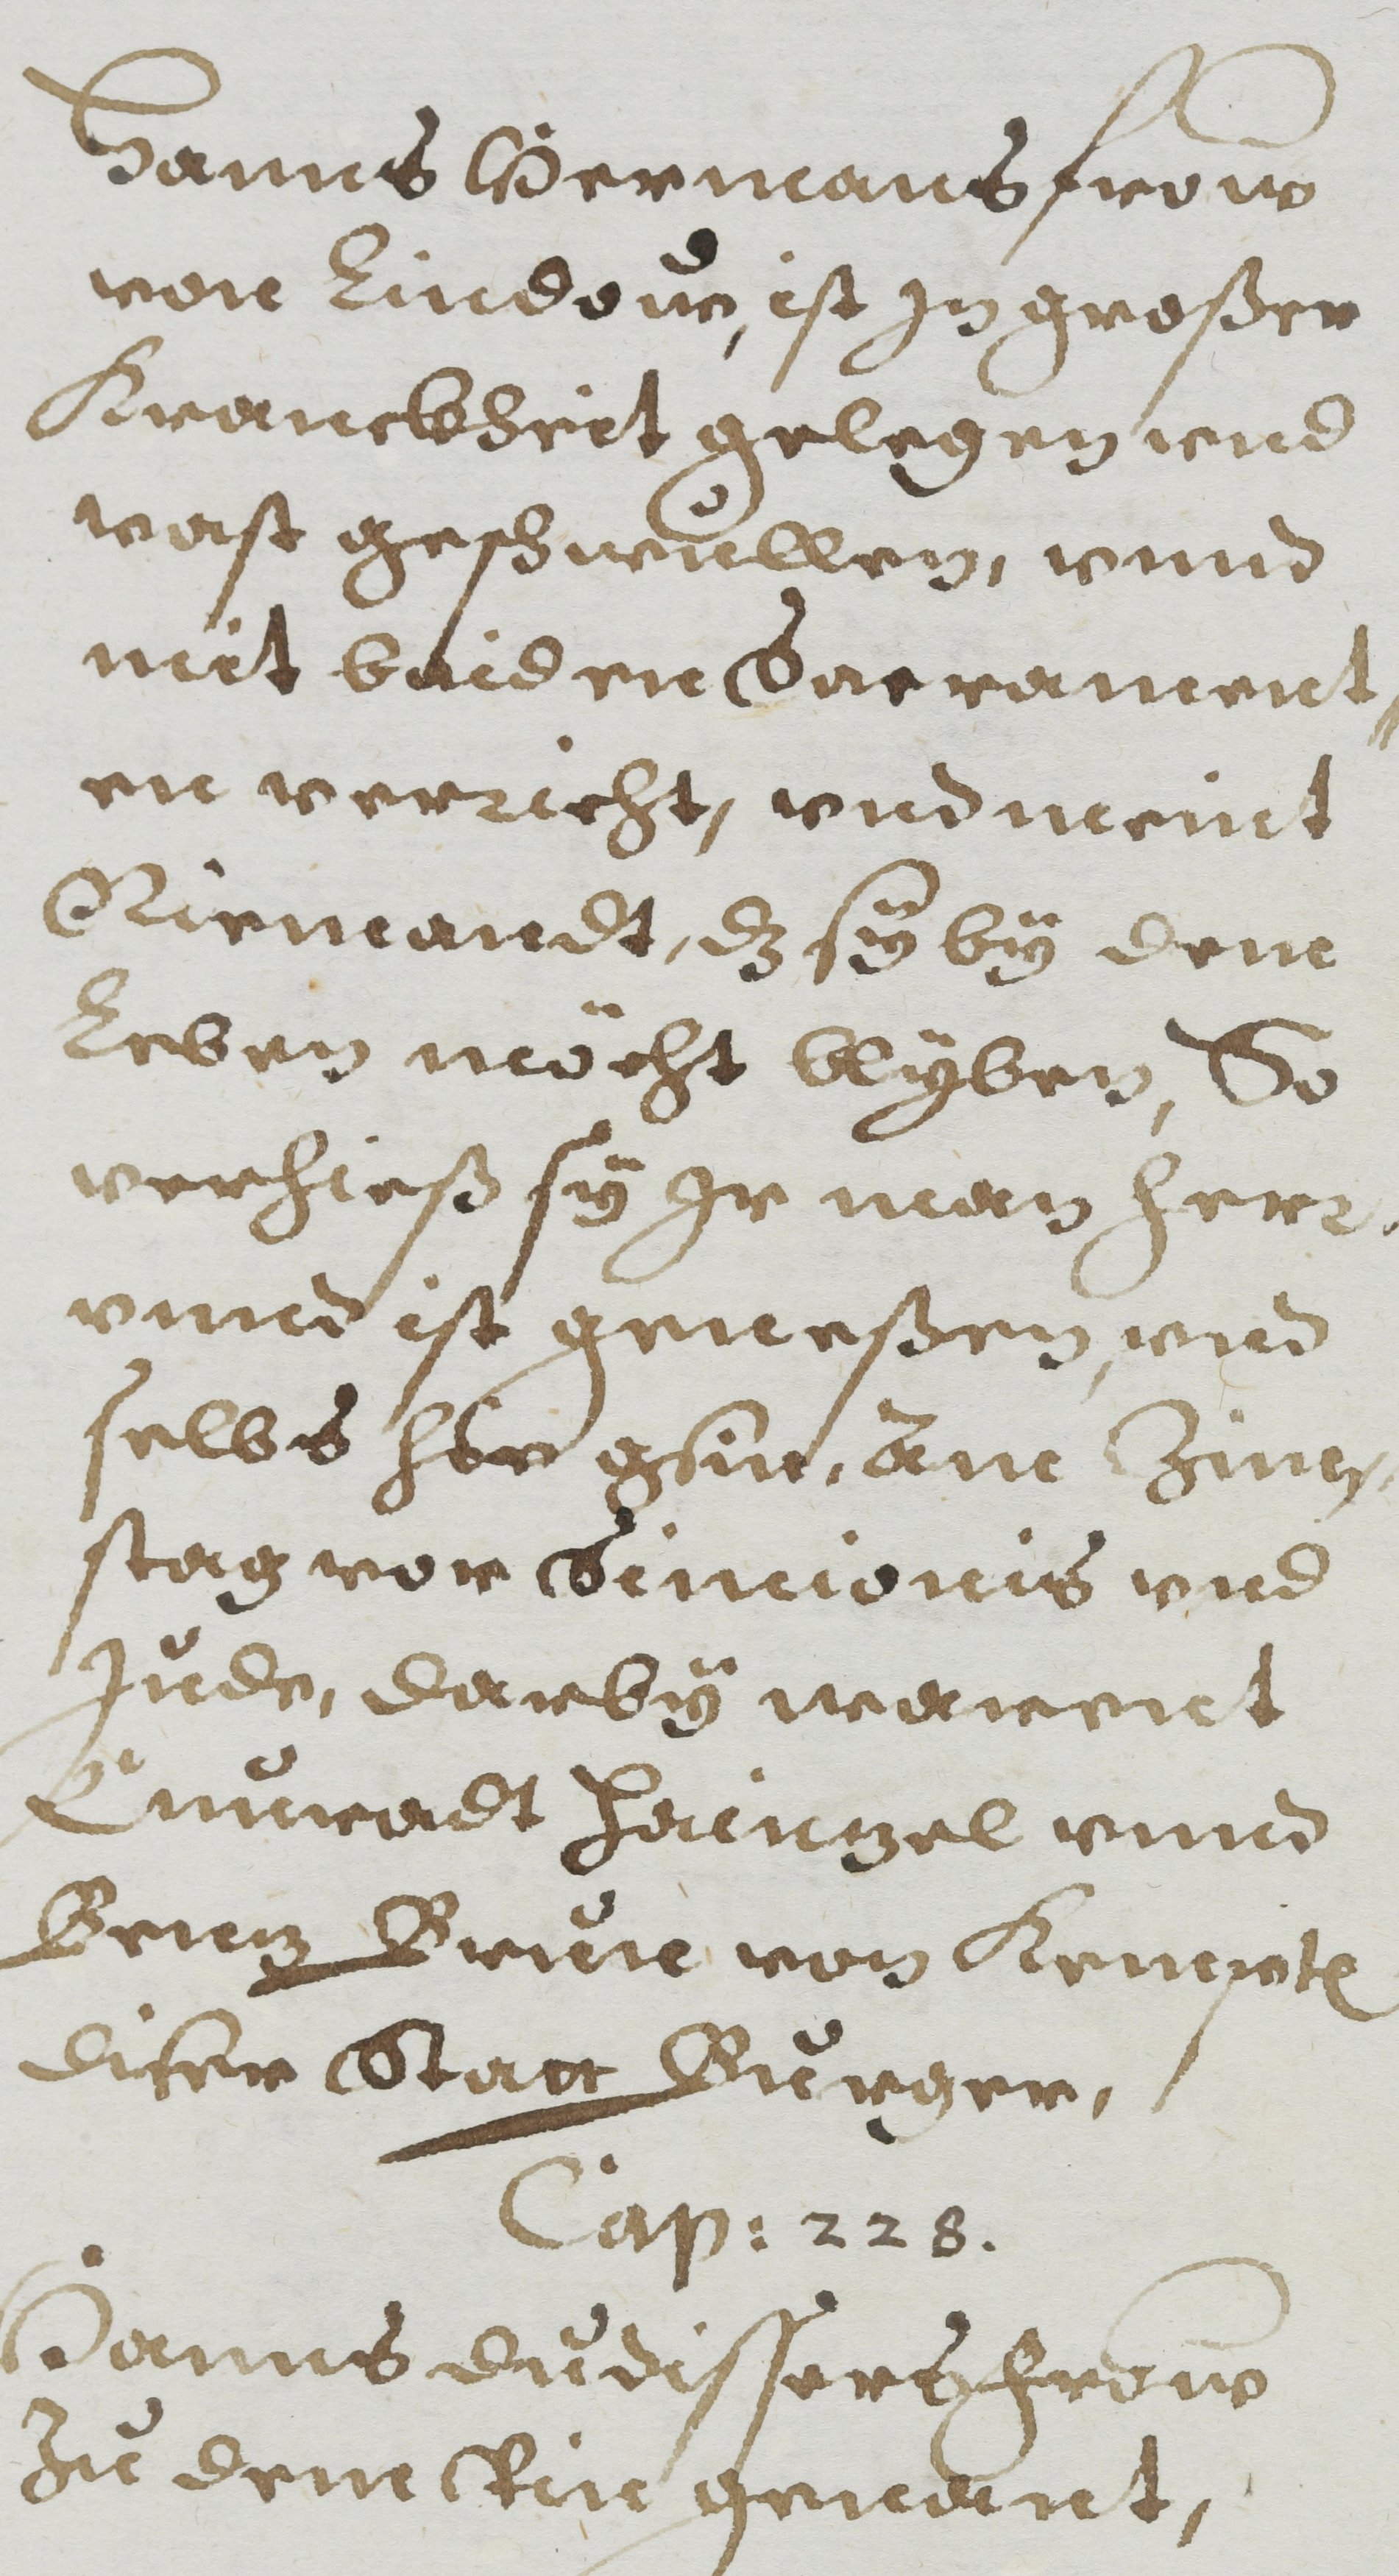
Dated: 1608–1608